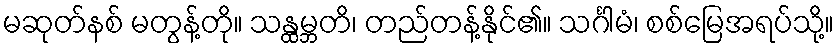
မဆုတ်နစ် မတွန့်တို။ သန္ထမ္ဘတိ၊ တည်တန့်နိုင်၏။ သင်္ဂါမံ၊ စစ်မြေအရပ်သို့။